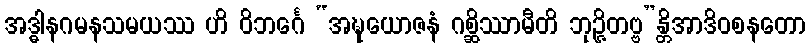
အဒ္ဓါနဂမနသမယဿ ဟိ ဝိဘင်္ဂေ “အဍ္ဎယောဇနံ ဂစ္ဆိဿာမီတိ ဘုဉ္ဇိတဗ္ဗ”န္တိအာဒိဝစနတော